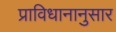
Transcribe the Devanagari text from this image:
प्राविधानानुसार